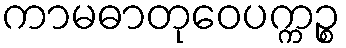
ကာမဓာတုဝေပက္ကဉ္စ